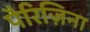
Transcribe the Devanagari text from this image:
पैरिज़िना